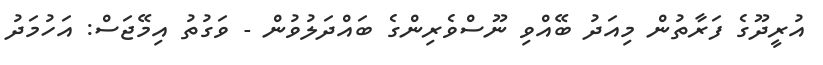
އުރީދޫގެ ފަރާތުން މިއަދު ބޭއްވި ނޫސްވެރިންގެ ބައްދަލުވުން - ވަގުތު އިމޭޖަސް: އަހުމަދު